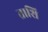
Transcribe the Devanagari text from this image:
ताशि